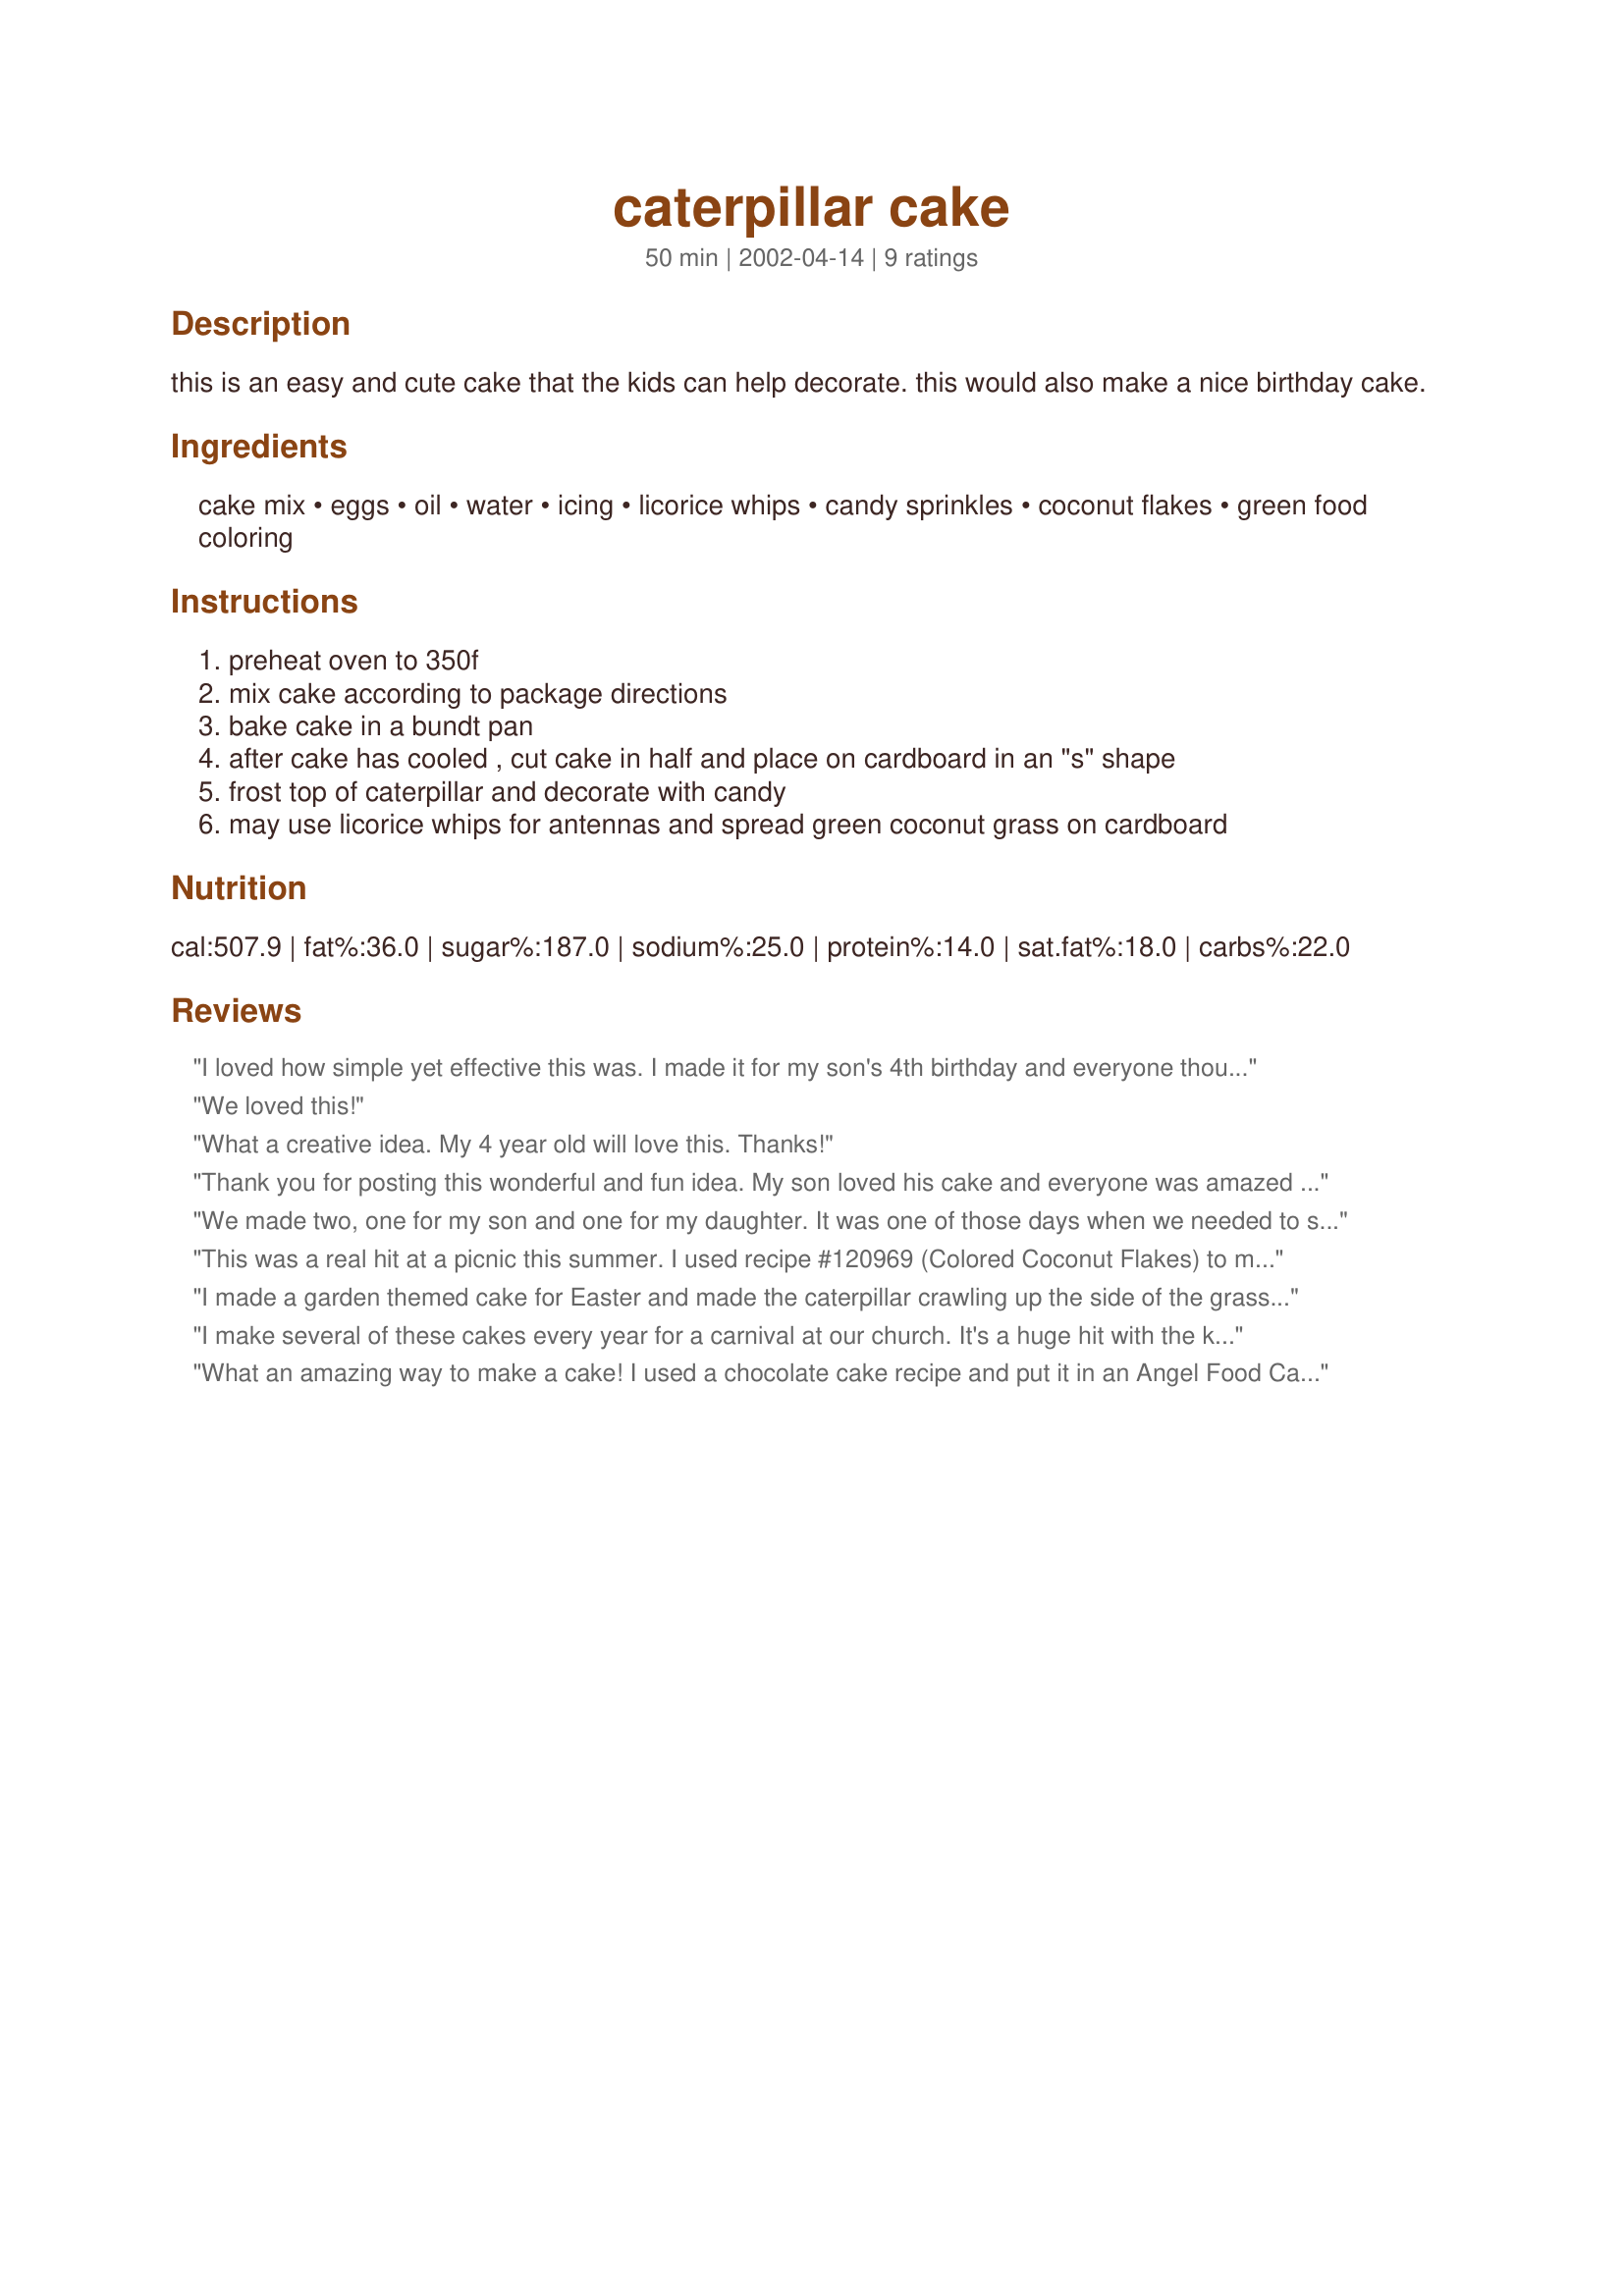
caterpillar cake
Preparation time: 50 minutes

this is an easy and cute cake that the kids can help decorate. this would also make a nice birthday cake.

Ingredients:
cake mix, eggs, oil, water, icing, licorice whips, candy sprinkles, coconut flakes, green food coloring

Steps:
preheat oven to 350f, mix cake according to package directions, bake cake in a bundt pan, after cake has cooled , cut cake in half and place on cardboard in an "s" shape, frost top of caterpillar and decorate with candy, may use licorice whips for antennas and spread green coconut grass on cardboard

Reviews:
I loved how simple yet effective this was. I made it for my son's 4th birthday and everyone thought it must have taken lots of time but it was so straightforward. 
I decorated it with smarties, some round gummy lollies and some apple strips. My son picked the lollies and chose the colour of the icing.
I used the best ever chocolate cake recipe which made enough to fill two ring tins and seeing as he has two birthday parties suited me fine. 
Thank you.
We loved this!
What a creative idea. My 4 year old will love this. Thanks!
Thank you for posting this wonderful and fun idea. My son loved his cake and everyone was amazed that I was able to produce such a lovely caterpillar. I used sour strips for the stripes and mouth and marshmallows and M&M's for the eyes. I used a pound cake for the cake mix and it turned out very tasty as well as cute. Thanks again Dawn!
We made two, one for my son and one for my daughter. It was one of those days when we needed to stay home and not run around town. What a fun project for children! We used Recipe #108492 and it came out beautiful!
This was a real hit at a picnic this summer. I used recipe #120969 (Colored Coconut Flakes) to make "green grass" and sprinkled it on the base of the serving tray. I also think that recipe #95416 (Decorator Buttercream Icing) is fantastic for this type of cake. We used shoelace licorice to make creepy crawly legs on the little insect. my daughter cried when we started to cut into it. it is a GREAT kids cake!
I made a garden themed cake for Easter and made the caterpillar crawling up the side of the grass layer part of the cake, it was fabulous! I did cut the cake into smaller pieces to make it curvier, made it lemon flavored and used a couple different shades of green and yellow frostings to decorate it. It looked great and it was really fun, thanks!
I make several of these cakes every year for a carnival at our church. It's a huge hit with the kids. The cakes turn out so cute and make everyone smile. They're great for birthday parties too. There's so much candy to choose from these days that your imagination can run wild when it comes to decorating. I can't always find black licorice whips but there's other colors always available. Have fun making these. My kids had a blast making them this year!
*tip* I make the eyes by cutting a large marshmallow in half and pushing an m&m onto the sticky cut side.The stickiness will hold an m&m without any added "glue".
What an amazing way to make a cake! I used a chocolate cake recipe and put it in an Angel Food Cake Pan as I didn't have a bundt. It turned out sooo cute and my 7 year old had a ton of fun making and decorating this for her birthday. Everyone commented on how great it looked. Thanks for posting!
